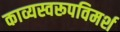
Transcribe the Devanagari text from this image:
काव्यस्वरूपविमर्श